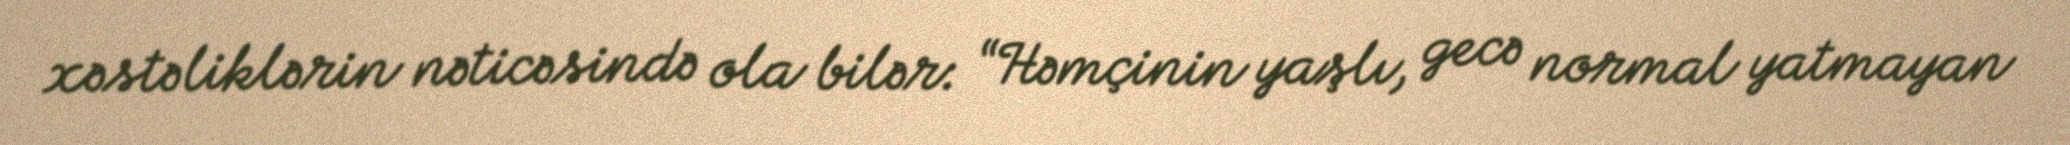
xəstəliklərin nəticəsində ola bilər: “Həmçinin yaşlı, gecə normal yatmayan